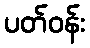
ပတ်ဝန်း